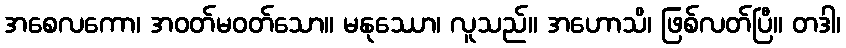
အစေလကော၊ အဝတ်မဝတ်သော။ မနုဿော၊ လူသည်။ အဟောသိ၊ ဖြစ်လတ်ပြီ။ တဒါ၊